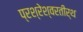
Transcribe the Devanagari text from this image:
प्रश्रेश्वरतीर्थ